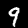
Digit: 9